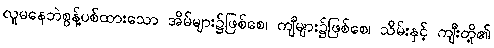
လူမနေဘဲစွန့်ပစ်ထားသော အိမ်များ၌ဖြစ်စေ၊ ကျီများ၌ဖြစ်စေ၊ သိမ်းနှင့် ကျီးတို့၏